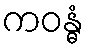
ကဝန္ဓံ